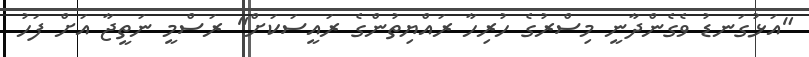
"އަޅުގަނޑު ވެގެންދާނީ މިސްރުގެ ހުރިހާ ރައްޔިތުންގެ ރައީސަކަށް" ރަސްމީ ނަތީޖާ އަށް ފަހު